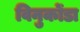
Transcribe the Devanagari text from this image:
विनुकोंडा